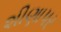
શીણાપર